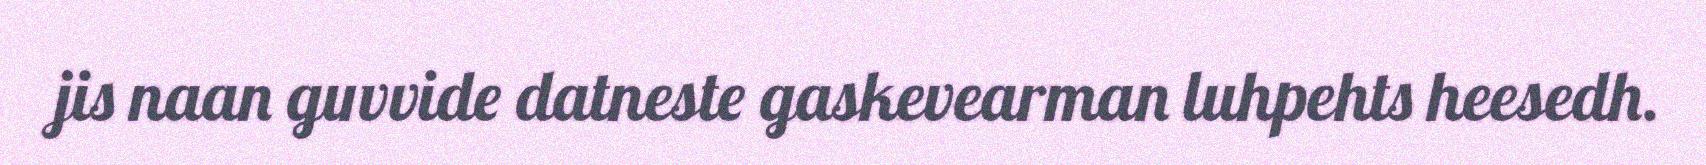
jis naan guvvide datneste gaskevearman luhpehts heesedh.